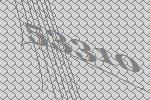
53310